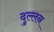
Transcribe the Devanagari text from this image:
दुल्लन